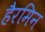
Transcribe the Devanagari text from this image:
हैरमिन